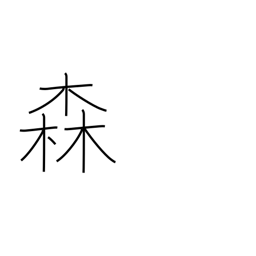
Meaning: woods